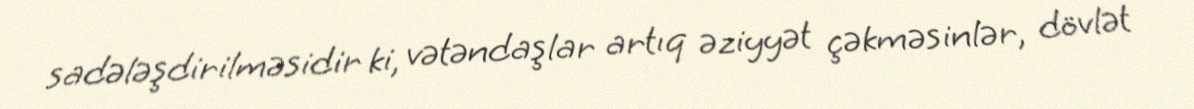
sadələşdirilməsidir ki, vətəndaşlar artıq əziyyət çəkməsinlər, dövlət